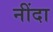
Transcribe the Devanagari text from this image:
नींदा